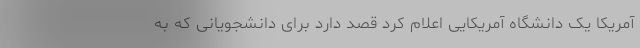
آمریکا یک دانشگاه آمریکایی اعلام کرد قصد دارد برای دانشجویانی که به